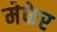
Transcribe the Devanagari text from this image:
मेफेर